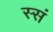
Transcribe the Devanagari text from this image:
स्सं